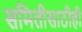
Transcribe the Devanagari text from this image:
समितीसाठीही